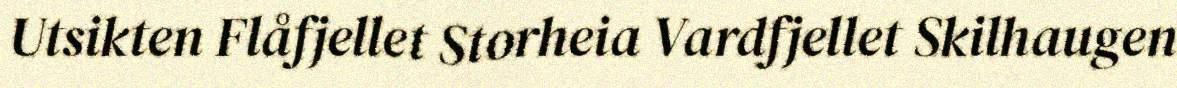
Utsikten Flåfjellet Storheia Vardfjellet Skilhaugen